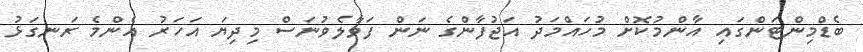
ބެޑްމިންޓަންގައި އާންމުކޮށް މުހައްމަދު އަޖުފާންގެ ނަން ފަވާލެވުނަސް މިދިޔަ އަހަރު އެންމެ ރަނގަޅު